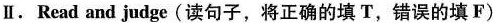
Ⅱ.Read and judge(读句子,将正确的填 T,错误的填 F)